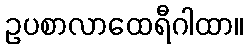
ဥပစာလာထေရီဂါထာ။